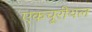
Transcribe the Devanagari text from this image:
एकचूरीयल